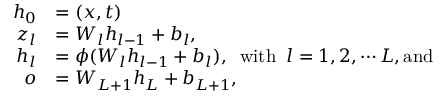
\begin{array} { r l } { \boldsymbol { h } _ { 0 } } & { = ( \boldsymbol { x } , t ) } \\ { \boldsymbol { z } _ { l } } & { = W _ { l } \boldsymbol { h } _ { l - 1 } + b _ { l } , } \\ { \boldsymbol { h } _ { l } } & { = \phi ( W _ { l } \boldsymbol { h } _ { l - 1 } + b _ { l } ) , \; \; \mathrm { w i t h } \; \; l = 1 , 2 , \cdots L , \mathrm { a n d } } \\ { \boldsymbol { o } } & { = W _ { L + 1 } \boldsymbol { h } _ { L } + b _ { L + 1 } , } \end{array}